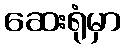
ဆေးရုံမှာ